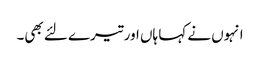
انہوں نے کہا ہاں اور تیرے لئے بھی۔